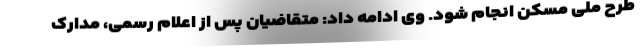
طرح ملی مسکن انجام شود. وی ادامه داد: متقاضیان پس از اعلام رسمی، مدارک